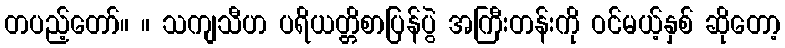
တပည့်တော်။ ။ သကျသီဟ ပရိယတ္တိစာပြန်ပွဲ အကြီးတန်းကို ဝင်မယ့်နှစ် ဆိုတော့